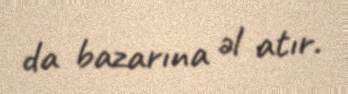
da bazarına əl atır.